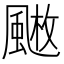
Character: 𩘄